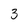
Character: 3